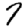
Digit: 7